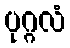
ပုဂ္ဂလံ